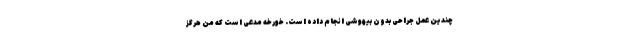
چندین عمل جراحی بدون بیهوشی انجام داده است. خورخه مدعی است که من هرگز